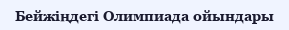
Бейжіңдегі Олимпиада ойындары